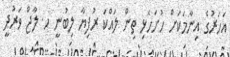
އަހަރުގެ އިނާމަކަށް ހުށަހެޅި ތިން ލައްކަ ރުފިޔާ ލިބުނީ ހ. ލާޖް ވަރުދީ